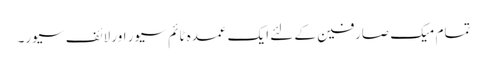
تمام میک صارفین کے لئے ایک عمدہ ٹائم سیور اور لائف سیور۔